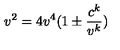
v ^ { 2 } = 4 v ^ { 4 } ( 1 \pm { \frac { c ^ { k } } { v ^ { k } } } )